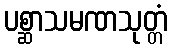
ပစ္ဆာသမဏသုတ္တံ